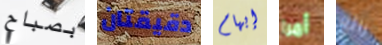
بصباح دقيقتان إبهام أمرا رائع